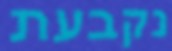
נקבעת